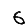
Digit: 6